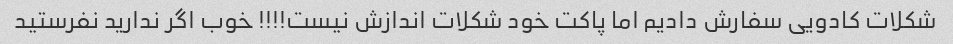
شکلات کادویی سفارش دادیم اما پاکت خود شکلات اندازش نیست!!!! خوب اگر ندارید نفرستید